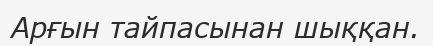
Арғын тайпасынан шыққан.